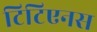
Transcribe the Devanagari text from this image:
टिटिएनस